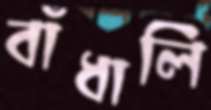
বাঁধালি